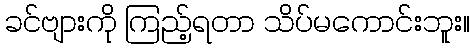
ခင်ဗျားကို ကြည့်ရတာ သိပ်မကောင်းဘူး။